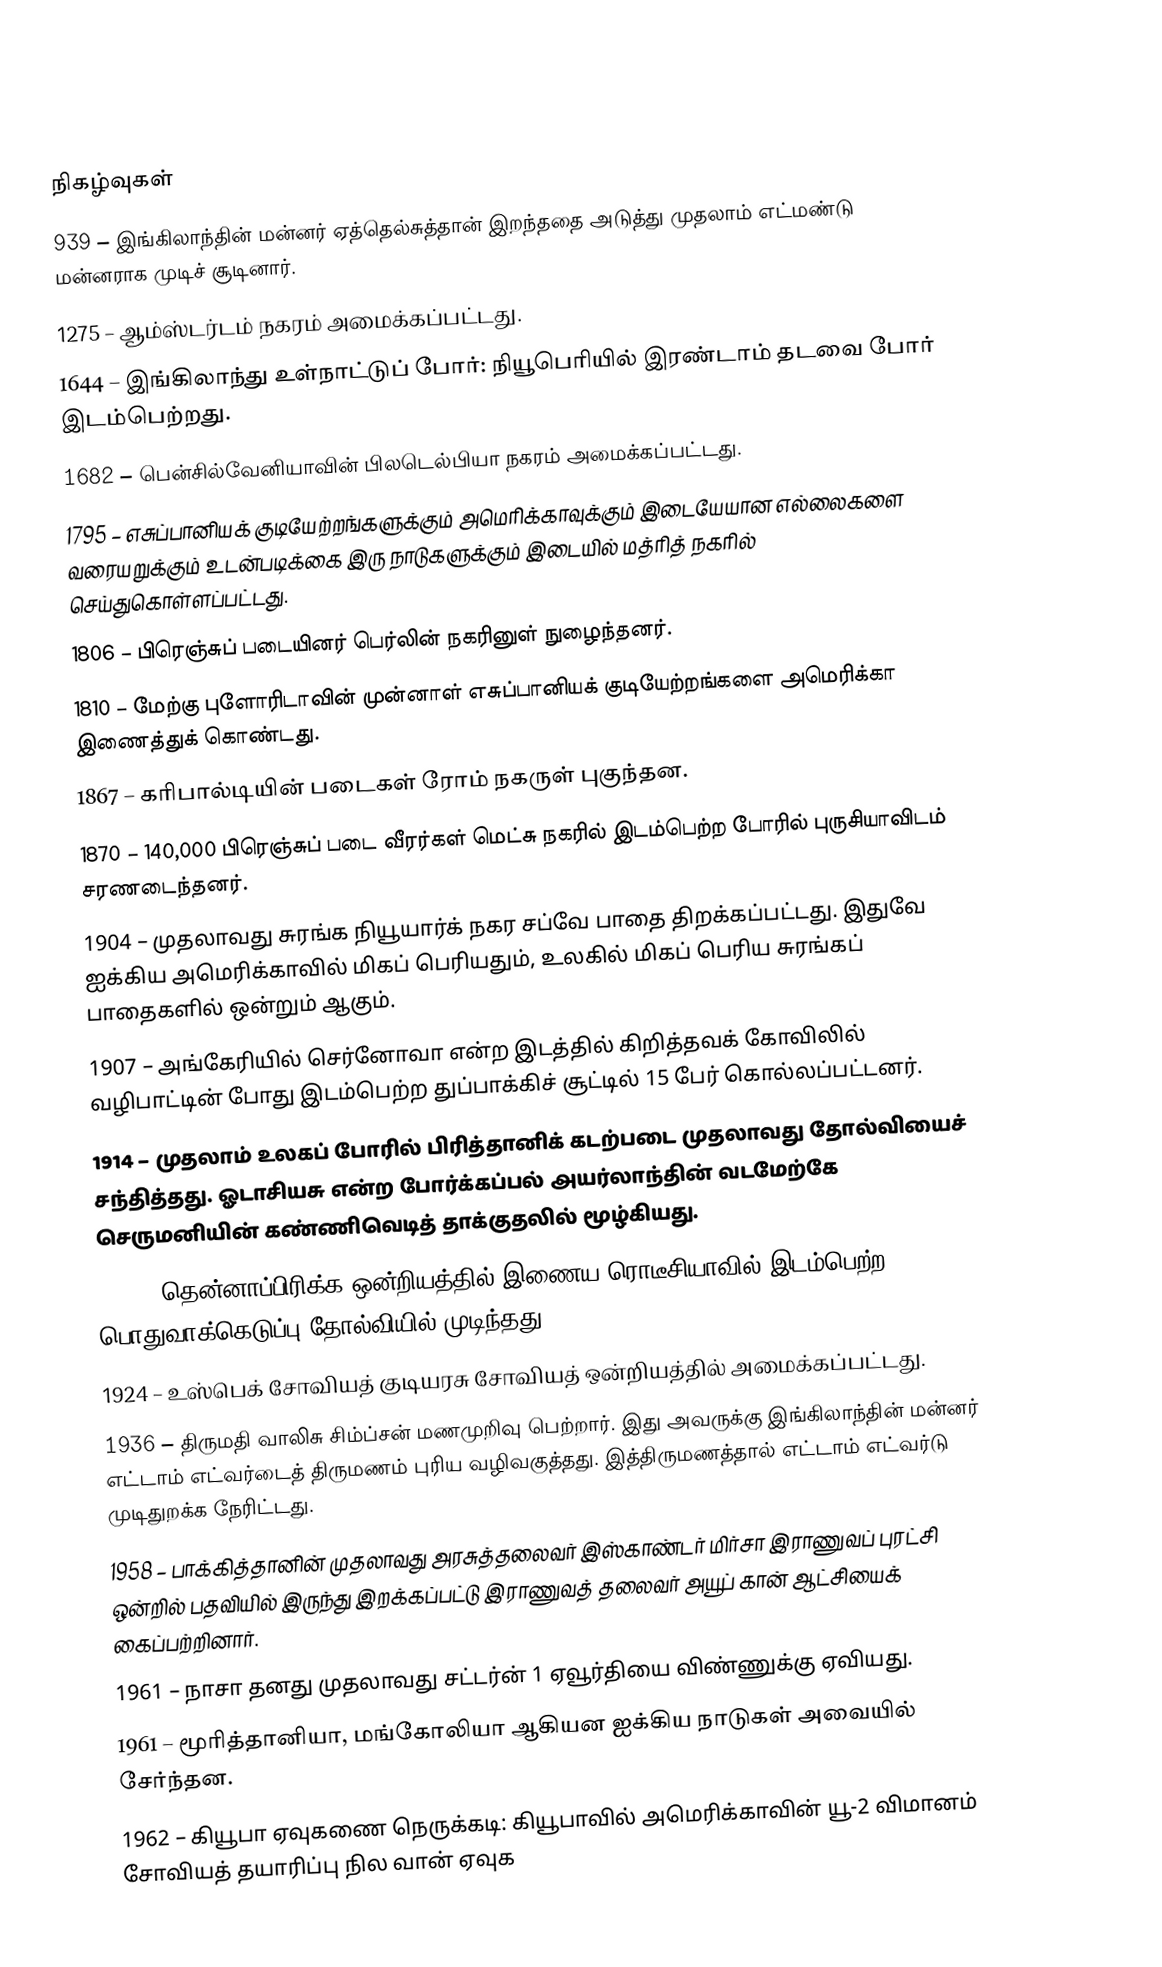

நிகழ்வுகள்
 939 – இங்கிலாந்தின் மன்னர் ஏத்தெல்சுத்தான் இறந்ததை அடுத்து முதலாம் எட்மண்டு மன்னராக முடிச் சூடினார்.
1275 – ஆம்ஸ்டர்டம் நகரம் அமைக்கப்பட்டது.
1644 – இங்கிலாந்து உள்நாட்டுப் போர்: நியூபெரியில் இரண்டாம் தடவை போர்  இடம்பெற்றது.
1682 – பென்சில்வேனியாவின் பிலடெல்பியா நகரம் அமைக்கப்பட்டது.
1795 – எசுப்பானியக் குடியேற்றங்களுக்கும் அமெரிக்காவுக்கும் இடையேயான எல்லைகளை வரையறுக்கும் உடன்படிக்கை இரு நாடுகளுக்கும் இடையில் மத்ரித் நகரில் செய்துகொள்ளப்பட்டது.
1806 – பிரெஞ்சுப் படையினர் பெர்லின் நகரினுள் நுழைந்தனர்.
1810 – மேற்கு புளோரிடாவின் முன்னாள் எசுப்பானியக் குடியேற்றங்களை அமெரிக்கா இணைத்துக் கொண்டது.
1867 – கரிபால்டியின் படைகள் ரோம் நகருள் புகுந்தன.
1870 – 140,000 பிரெஞ்சுப் படை வீரர்கள் மெட்சு நகரில் இடம்பெற்ற போரில் புருசியாவிடம் சரணடைந்தனர்.
1904 – முதலாவது சுரங்க நியூயார்க் நகர சப்வே பாதை திறக்கப்பட்டது. இதுவே ஐக்கிய அமெரிக்காவில் மிகப் பெரியதும், உலகில் மிகப் பெரிய சுரங்கப் பாதைகளில் ஒன்றும் ஆகும்.
1907 – அங்கேரியில் செர்னோவா என்ற இடத்தில் கிறித்தவக் கோவிலில் வழிபாட்டின் போது இடம்பெற்ற துப்பாக்கிச் சூட்டில் 15 பேர் கொல்லப்பட்டனர்.
1914 – முதலாம் உலகப் போரில் பிரித்தானிக் கடற்படை முதலாவது தோல்வியைச் சந்தித்தது. ஓடாசியசு என்ற போர்க்கப்பல் அயர்லாந்தின் வடமேற்கே செருமனியின் கண்ணிவெடித் தாக்குதலில் மூழ்கியது.
1922 – தென்னாப்பிரிக்க ஒன்றியத்தில் இணைய ரொடீசியாவில் இடம்பெற்ற பொதுவாக்கெடுப்பு தோல்வியில் முடிந்தது.
1924 – உஸ்பெக் சோவியத் குடியரசு சோவியத் ஒன்றியத்தில் அமைக்கப்பட்டது.
1936 – திருமதி வாலிசு சிம்ப்சன் மணமுறிவு பெற்றார். இது அவருக்கு இங்கிலாந்தின் மன்னர் எட்டாம் எட்வர்டைத் திருமணம் புரிய வழிவகுத்தது. இத்திருமணத்தால் எட்டாம் எட்வர்டு முடிதுறக்க நேரிட்டது.
1958 – பாக்கித்தானின் முதலாவது அரசுத்தலைவர் இஸ்காண்டர் மிர்சா இராணுவப் புரட்சி ஒன்றில் பதவியில் இருந்து இறக்கப்பட்டு இராணுவத் தலைவர் அயூப் கான் ஆட்சியைக் கைப்பற்றினார்.
1961 – நாசா தனது முதலாவது சட்டர்ன் 1 ஏவூர்தியை விண்ணுக்கு ஏவியது.
1961 – மூரித்தானியா, மங்கோலியா ஆகியன ஐக்கிய நாடுகள் அவையில் சேர்ந்தன.
1962 – கியூபா ஏவுகணை நெருக்கடி: கியூபாவில் அமெரிக்காவின் யூ-2 விமானம் சோவியத் தயாரிப்பு நில வான் ஏவுக